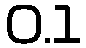
0.1